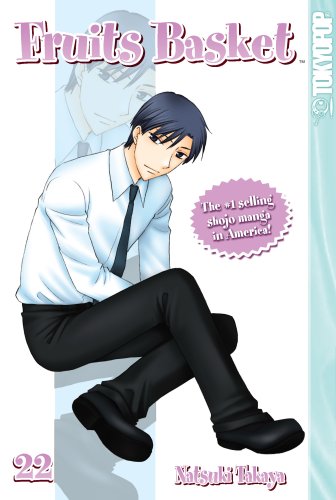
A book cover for Fruits Basket, Vol. 22; Natsuki Takaya; Comics & Graphic Novels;